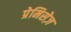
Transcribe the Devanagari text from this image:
प्रेमिसेज़